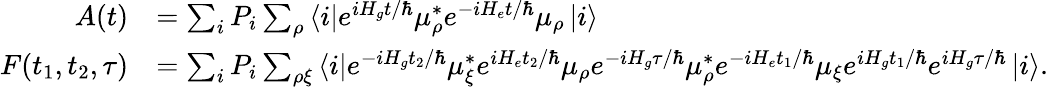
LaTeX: \begin{array}{rl}{A(t)}&{=\sum_{i}P_{i}\sum_{\rho}\left\langle i\right\rvert e^{iH_{g}t/\hbar}\mu_{\rho}^{*}e^{-iH_{e}t/\hbar}\mu_{\rho}\left\lvert i\right\rangle}\\ {F(t_{1},t_{2},\tau)}&{=\sum_{i}P_{i}\sum_{\rho\xi}\left\langle i\right\rvert e^{-iH_{g}t_{2}/\hbar}\mu_{\xi}^{*}e^{iH_{e}t_{2}/\hbar}\mu_{\rho}e^{-iH_{g}\tau/\hbar}\mu_{\rho}^{*}e^{-iH_{e}t_{1}/\hbar}\mu_{\xi}e^{iH_{g}t_{1}/\hbar}e^{iH_{g}\tau/\hbar}\left\lvert i\right\rangle.}\end{array}